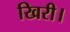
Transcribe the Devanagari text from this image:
खिरी।